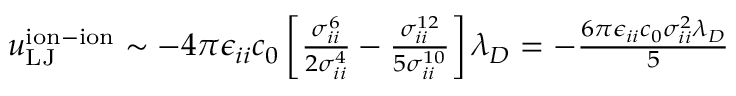
\begin{array} { r } { u _ { \mathrm { L J } } ^ { \mathrm { i o n - i o n } } \sim - 4 \pi \epsilon _ { i i } c _ { 0 } \left[ \frac { \sigma _ { i i } ^ { 6 } } { 2 \sigma _ { i i } ^ { 4 } } - \frac { \sigma _ { i i } ^ { 1 2 } } { 5 \sigma _ { i i } ^ { 1 0 } } \right] \lambda _ { D } = - \frac { 6 \pi \epsilon _ { i i } c _ { 0 } \sigma _ { i i } ^ { 2 } \lambda _ { D } } { 5 } } \end{array}